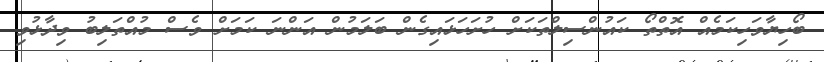
ބޯހިޔާވަހިކަމެއް އޮތްތޯ ކައުންސިލްތަކަށް ހުށަހަޅައިގެން ބަލަމުން އަންނަ ކަމަށް ވެސް މުއްތަލިބު ވިދާޅުވި